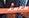
lulu